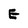
Character: E